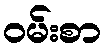
ဝမ်းစာ